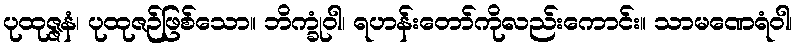
ပုထုဇ္ဇနံ၊ ပုထုဇဉ်ဖြစ်သော။ ဘိက္ခုံဝါ၊ ရဟန်းတော်ကိုလည်းကောင်း။ သာမဏေရံဝါ၊